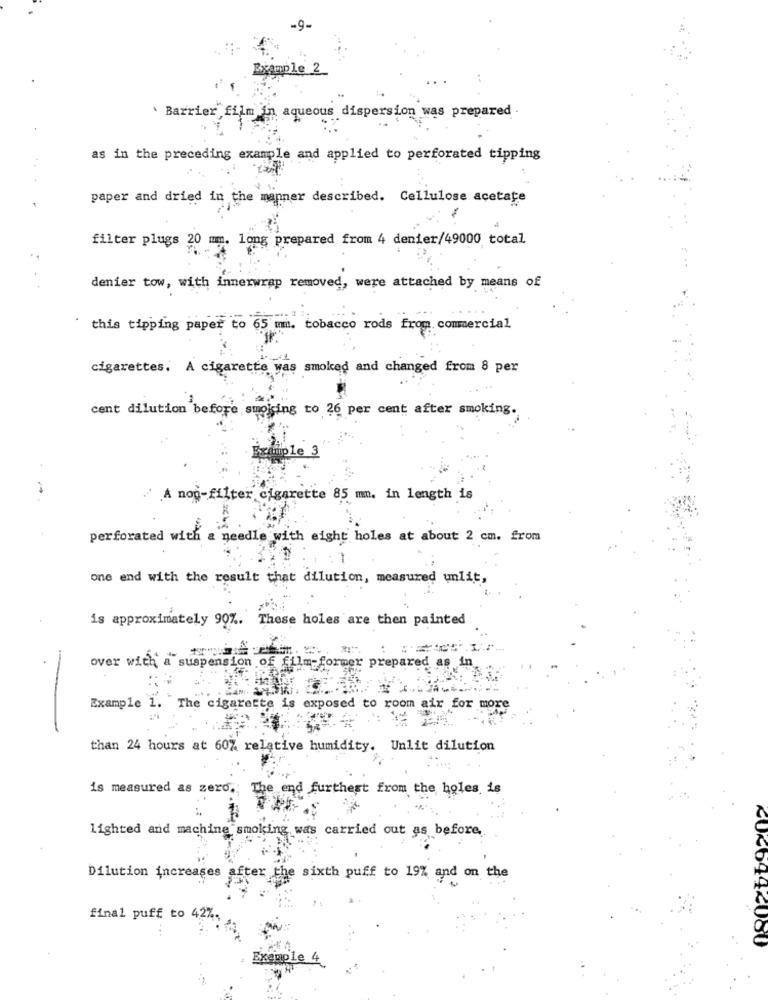
Example 2
Barrier film in aqueous dispersion was prepared .
as in the preceding example and applied to perforated tipping
paper and dried in the manner described. Cellulose acetate
filter plugs 20 mm. long prepared from 4 denier/49000 total
denier tow, with innerwrap removed, were attached by means of
this tipping paper to 65 mm. tobacco rods from commercial
cigarettes. A cigarette was smoked and changed from 8 per
cent dilution before suoising to 26 per cent after smoking.
Example 3
/ A non-filter cigarette 85 mm. in length is
perforated with a needle with eight holes at about 2 cm. from
one end with the result that dilution, measured unlit,
is approximately 907. These holes are then painted
red as 1
over with a suspension of film-former prepa
Example 1. The cigarette is exposed to room air for more
-
than 24 hours at 60% relative humidity. Unlit dilution
is measured as zero .;
The end furthest from the holes is
lighted and machine smoking was carried out as before,
Dilution increases after the sixth puff to 19% and on the
final puff to 427
⑆0<6942080
Example 4